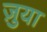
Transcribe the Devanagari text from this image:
ज़ुया